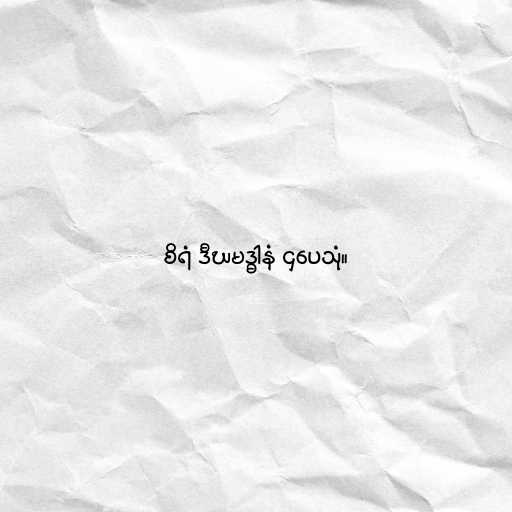
စိရံ ဒီဃမဒ္ဓါနံ ဌပေသုံ။